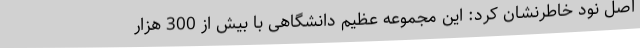
اصل نود خاطرنشان کرد: این مجموعه عظیم دانشگاهی با بیش از 300 هزار